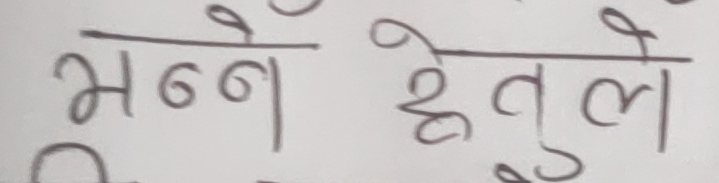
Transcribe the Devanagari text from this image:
भन्नै हेतुले